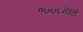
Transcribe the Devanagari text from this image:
१७७८मध्ये